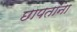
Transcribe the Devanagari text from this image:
छापतांना